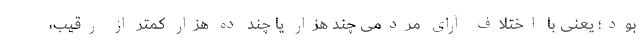
بود؛ یعنی با اختلاف آرای مردمی چند هزار یا چند ده هزار کمتر از رقیب،